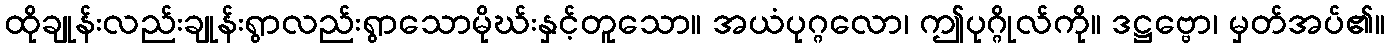
ထိုချုန်းလည်းချုန်းရွာလည်းရွာသောမိုဃ်းနှင့်တူသော။ အယံပုဂ္ဂလော၊ ဤပုဂ္ဂိုလ်ကို။ ဒဋ္ဌဗ္ဗော၊ မှတ်အပ်၏။